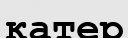
катер